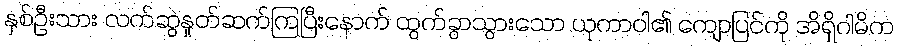
နှစ်ဦးသား လက်ဆွဲနှုတ်ဆက်ကြပြီးနောက် ထွက်ခွာသွားသော ယုကာဝါ၏ ကျောပြင်ကို အိရှိဂါမိက